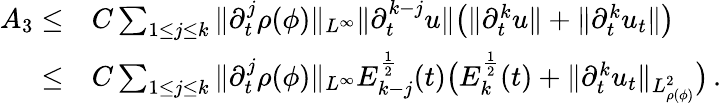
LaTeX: \begin{array}{rl}{A_{3}\leq}&{C\sum_{1\leq j\leq k}\| \partial_{t}^{j}\rho(\phi)\| _{L^{\infty}}\| \partial_{t}^{k-j}u\| \big(\| \partial_{t}^{k}u\| +\| \partial_{t}^{k}u_{t}\| \big)}\\ {\leq}&{C\sum_{1\leq j\leq k}\| \partial_{t}^{j}\rho(\phi)\| _{L^{\infty}}E_{k-j}^{\frac{1}{2}}(t)\big(E_{k}^{\frac{1}{2}}(t)+\| \partial_{t}^{k}u_{t}\| _{L_{\rho(\phi)}^{2}}\big)\, .}\end{array}